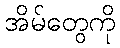
အိမ်တွေကို